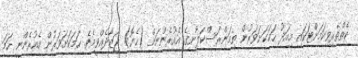
ކެތްތެރިވިކަމަށްޓަކައި މިއަދު ހަމަކަށަވަރުން ތިމަންރަސްކަލާނގެ އެއުރެންނަށް (ހެޔޮ) ޖަޒާދެއްވީމެވެ. ހަމަކަށަވަރުން އެއުރެންނީ ހަމަ